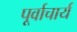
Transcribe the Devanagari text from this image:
पूर्वाचार्य